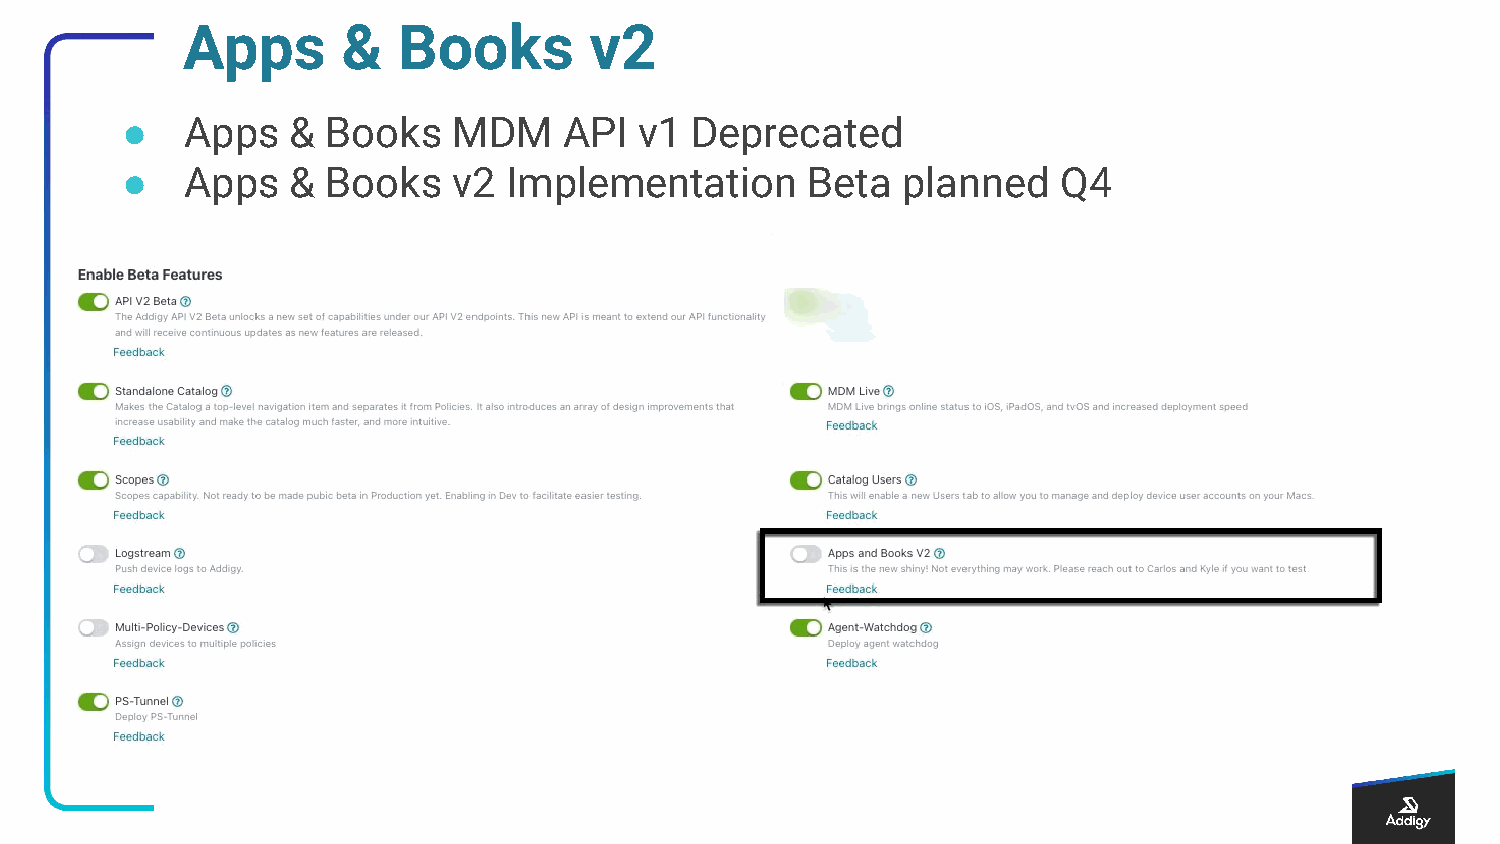
Apps       &  Books        v2
 ●   Apps   &  Books   MDM    API  v1  Deprecated
 ●   Apps   &  Books   v2  Implementation     Beta   planned   Q4